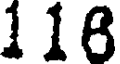
116